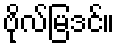
ဗိုလ်မြဒင်။